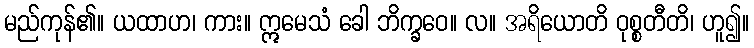
မည်ကုန်၏။ ယထာဟ၊ ကား။ ဣမေသံ ခေါ ဘိက္ခဝေ။ လ။ အရိယောတိ ဝုစ္စတီတိ၊ ဟူ၍။